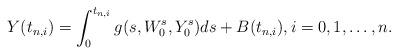
LaTeX: \begin{align*} Y(t_{n, i})=\int_0^{t_{n, i}} g(s, W_0^s, Y_0^s) ds + B(t_{n, i}), i=0, 1, \ldots, n.\end{align*}